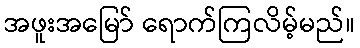
အဖူးအမြော် ရောက်ကြလိမ့်မည်။